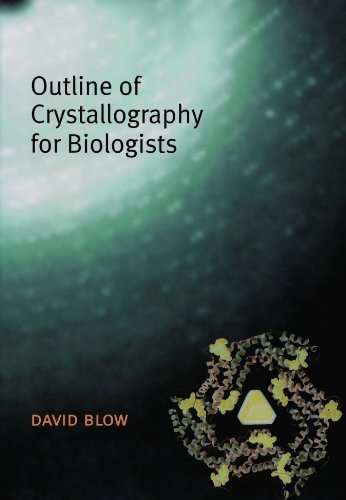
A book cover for Outline of Crystallography for Biologists; David Blow; Science & Math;